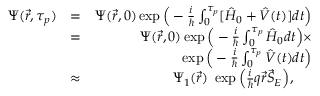
\begin{array} { r l r } { \Psi ( \vec { r } , \tau _ { p } ) } & { = } & { \Psi ( \vec { r } , 0 ) \exp { \Big ( - \frac { i } { \hbar } \int _ { 0 } ^ { \tau _ { p } } [ { \hat { H } } _ { 0 } + \hat { V } ( t ) ] d t \Big ) } } \\ & { = } & { \Psi ( \vec { r } , 0 ) \exp { \Big ( - \frac { i } { \hbar } \int _ { 0 } ^ { \tau _ { p } } \hat { H } _ { 0 } d t \Big ) } \times } \\ & { } & { \exp { \Big ( - \frac { i } { \hbar } \int _ { 0 } ^ { \tau _ { p } } \hat { V } ( t ) d t \Big ) } } \\ & { \approx } & { \Psi _ { 1 } ( \vec { r } ) \ \exp { \Big ( \frac { i } { \hbar } q \vec { r } \vec { S } _ { E } \Big ) } , \ \ \ \ } \end{array}